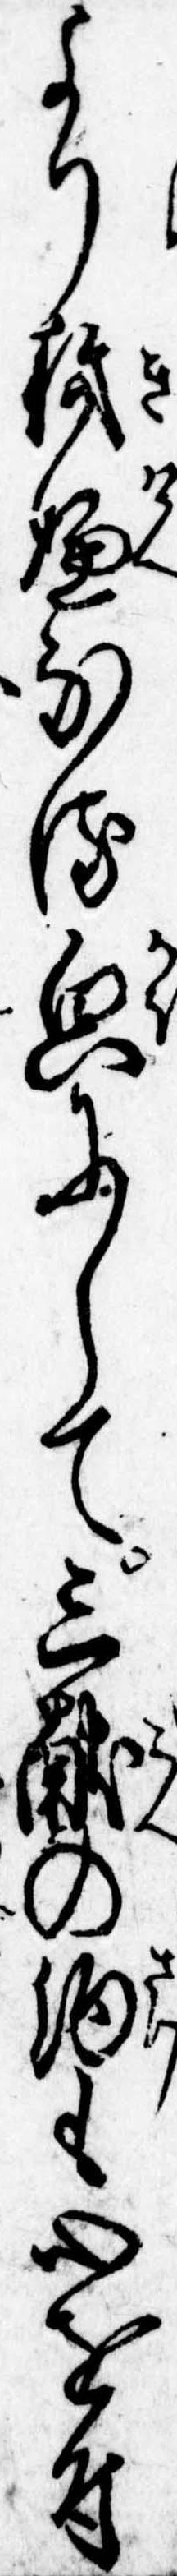
より機嫌なる貌にして三献の酒も心を付